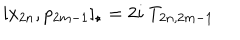
[ x _ { 2 n } , p _ { 2 m - 1 } ] _ { \star } = 2 i \ T _ { 2 n , 2 m - 1 }